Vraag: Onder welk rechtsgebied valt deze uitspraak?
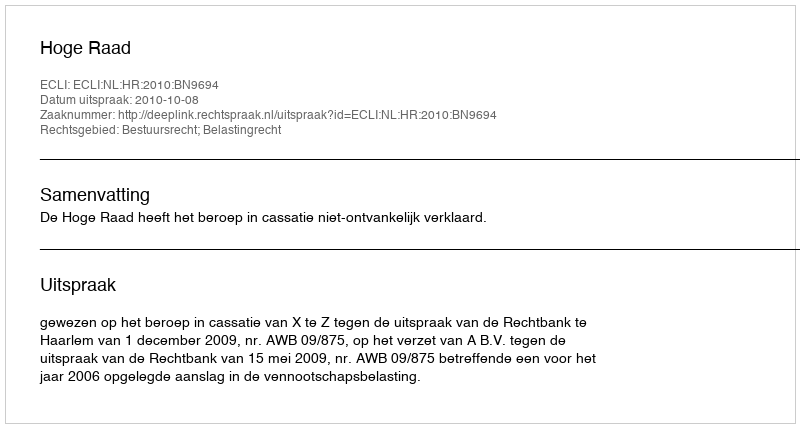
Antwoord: Bestuursrecht; Belastingrecht